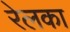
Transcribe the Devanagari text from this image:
रेलका